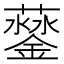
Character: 𨬛